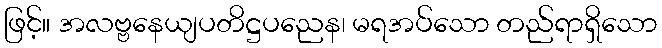
ဖြင့်။ အလဗ္ဗနေယျပတိဋ္ဌပညေန၊ မရအပ်သော တည်ရာရှိသော